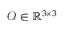
\mathcal O \in \mathbb R ^ { 3 \times 3 }